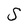
Character: S